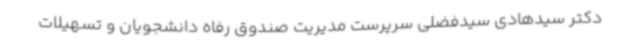
دکتر سیدهادی سیدفضلی سرپرست مدیریت صندوق رفاه دانشجویان و تسهیلات